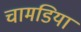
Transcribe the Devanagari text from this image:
चामडिया